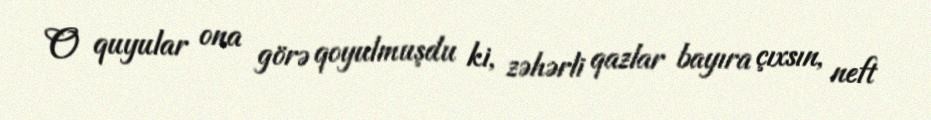
O quyular ona görə qoyulmuşdu ki, zəhərli qazlar bayıra çıxsın, neft